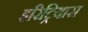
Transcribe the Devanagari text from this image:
इरिट्रियास